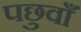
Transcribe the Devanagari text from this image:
पछुवाँ